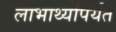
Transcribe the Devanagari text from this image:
लाभार्थ्यांपर्यंत